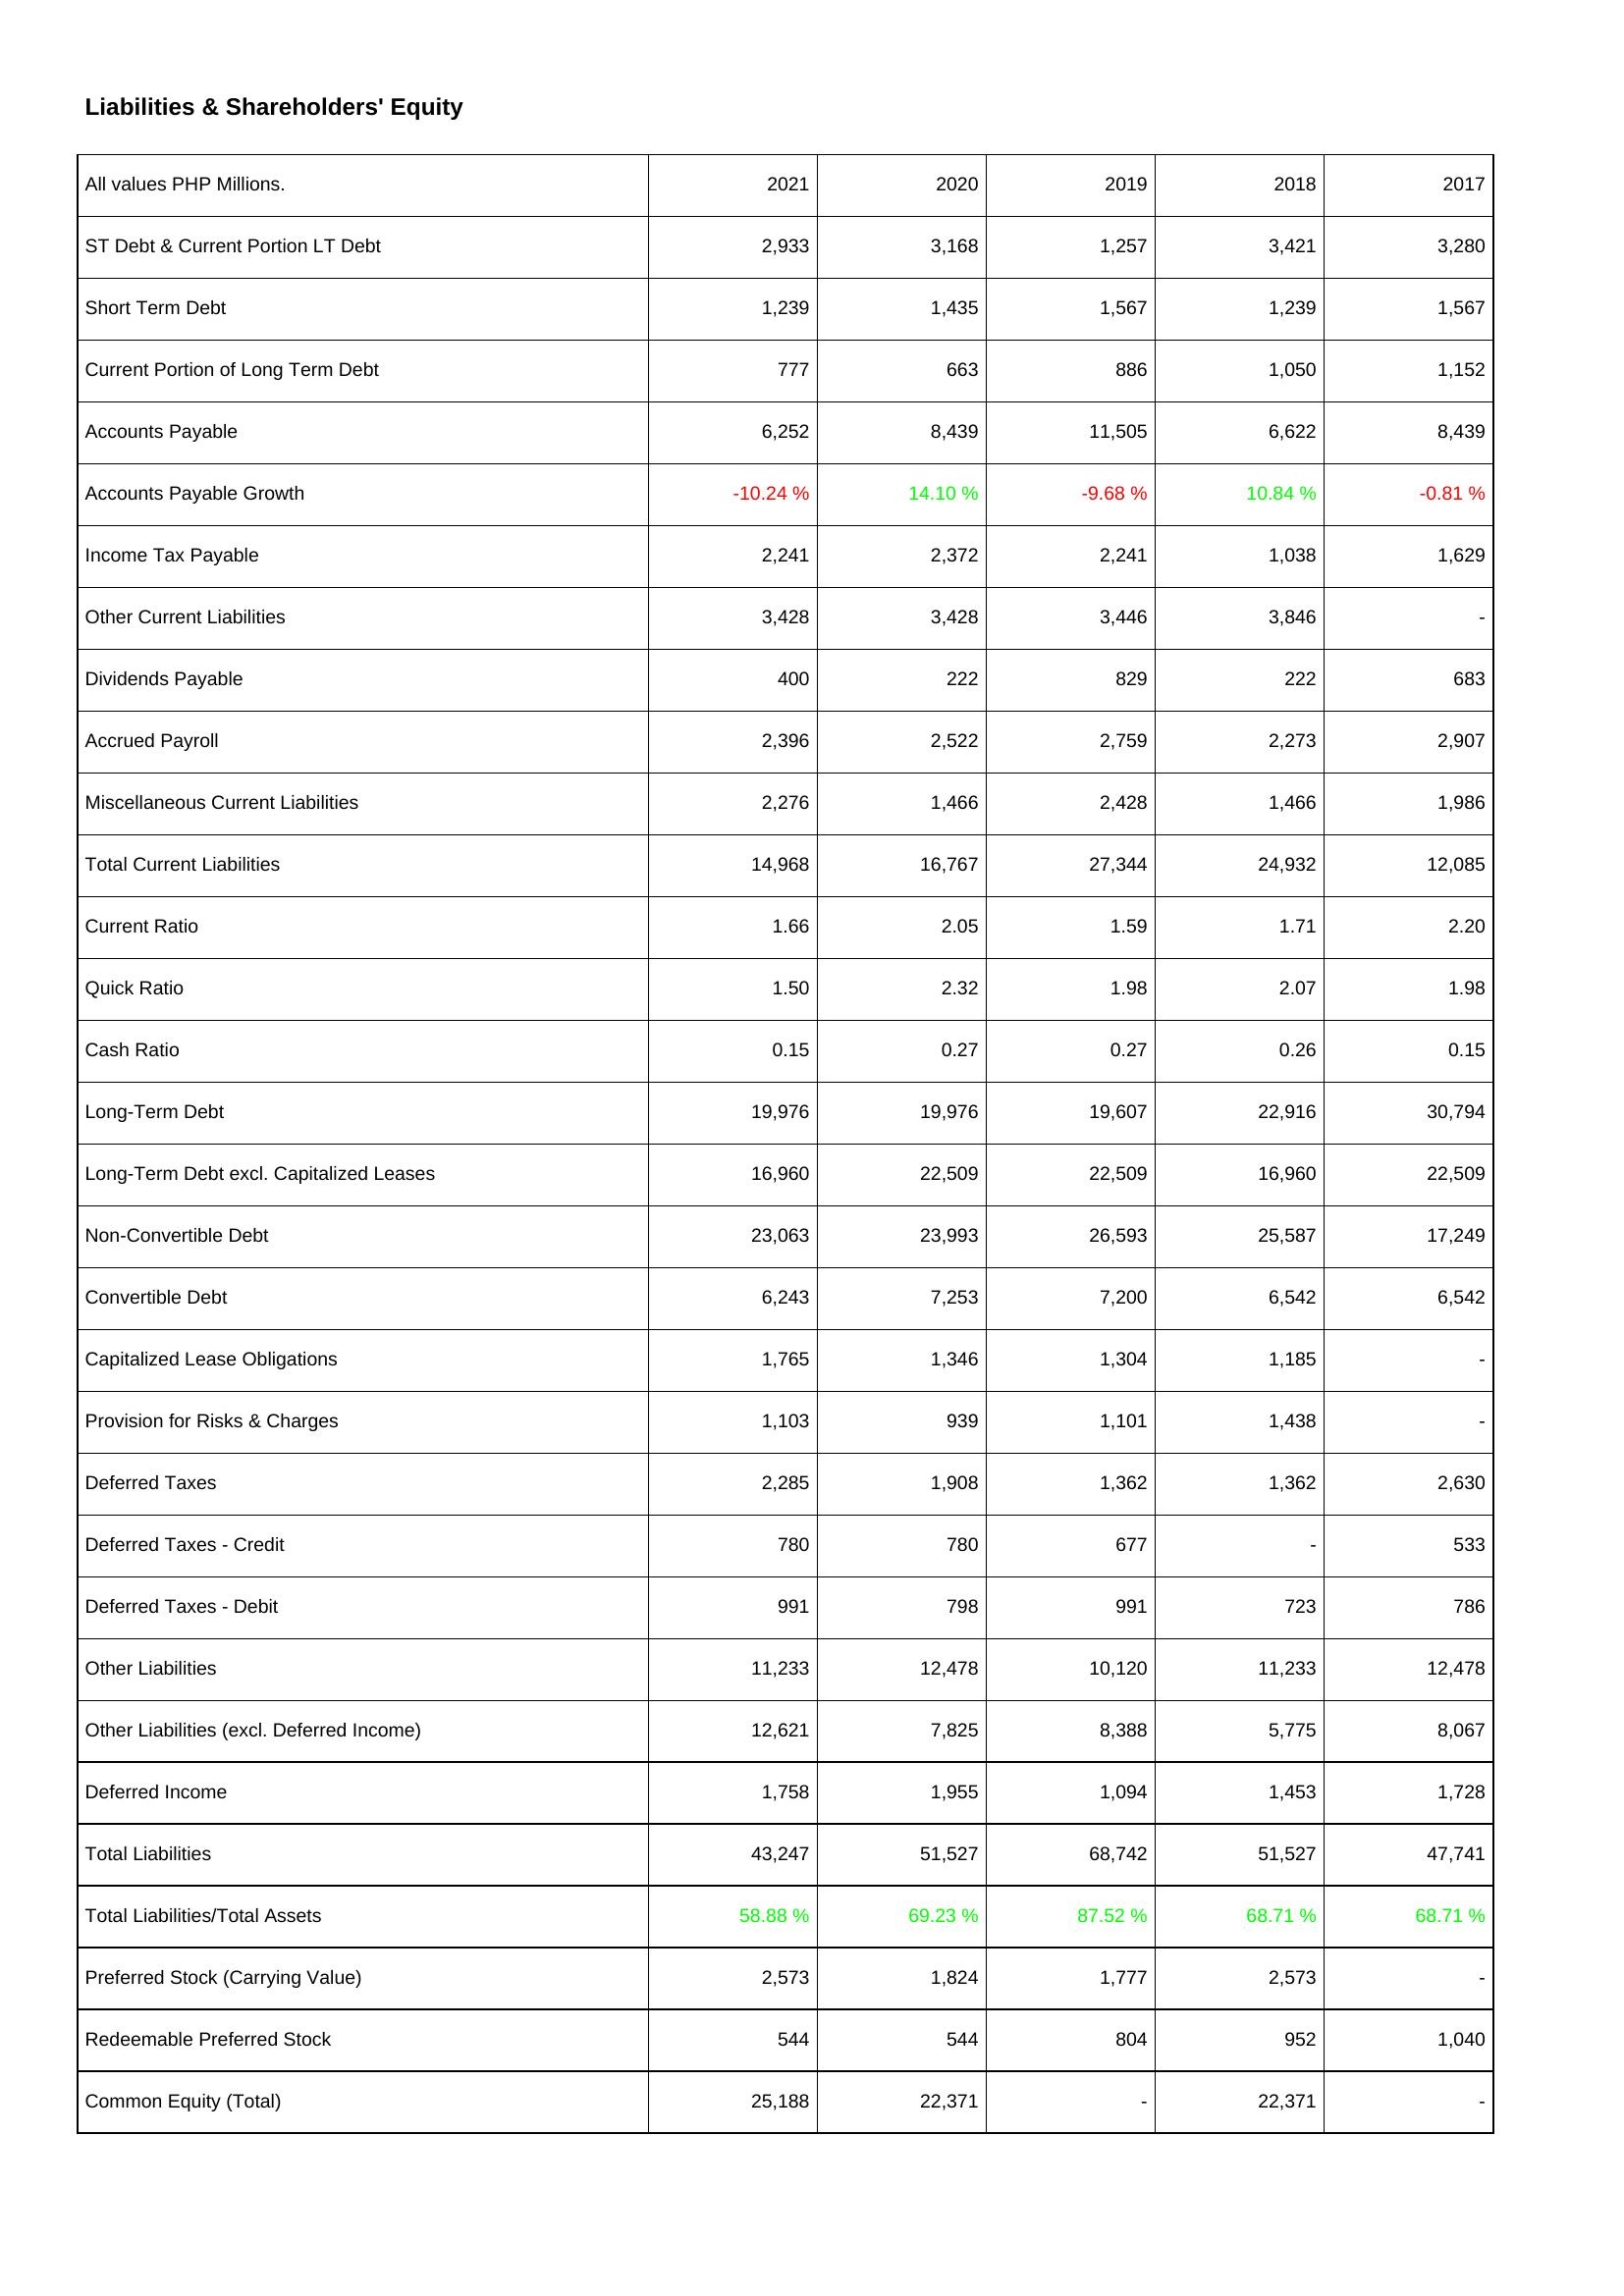
2021: Liabilities & Shareholders' Equity: ST Debt & Current Portion LT Debt: 2,933
Short Term Debt: 1,239
Current Portion of Long Term Debt: 777
Accounts Payable: 6,252
Accounts Payable Growth: -10.24 %
Income Tax Payable: 2,241
Other Current Liabilities: 3,428
Dividends Payable: 400
Accrued Payroll: 2,396
Miscellaneous Current Liabilities: 2,276
Total Current Liabilities: 14,968
Current Ratio: 1.66
Quick Ratio: 1.50
Cash Ratio: 0.15
Long-Term Debt: 19,976
Long-Term Debt excl. Capitalized Leases: 16,960
Non-Convertible Debt: 23,063
Convertible Debt: 6,243
Capitalized Lease Obligations: 1,765
Provision for Risks & Charges: 1,103
Deferred Taxes: 2,285
Deferred Taxes - Credit: 780
Deferred Taxes - Debit: 991
Other Liabilities: 11,233
Other Liabilities (excl. Deferred Income): 12,621
Deferred Income: 1,758
Total Liabilities: 43,247
Total Liabilities/Total Assets: 58.88 %
Preferred Stock (Carrying Value): 2,573
Redeemable Preferred Stock: 544
Common Equity (Total): 25,188
2020: Liabilities & Shareholders' Equity: ST Debt & Current Portion LT Debt: 3,168
Short Term Debt: 1,435
Current Portion of Long Term Debt: 663
Accounts Payable: 8,439
Accounts Payable Growth: 14.10 %
Income Tax Payable: 2,372
Other Current Liabilities: 3,428
Dividends Payable: 222
Accrued Payroll: 2,522
Miscellaneous Current Liabilities: 1,466
Total Current Liabilities: 16,767
Current Ratio: 2.05
Quick Ratio: 2.32
Cash Ratio: 0.27
Long-Term Debt: 19,976
Long-Term Debt excl. Capitalized Leases: 22,509
Non-Convertible Debt: 23,993
Convertible Debt: 7,253
Capitalized Lease Obligations: 1,346
Provision for Risks & Charges: 939
Deferred Taxes: 1,908
Deferred Taxes - Credit: 780
Deferred Taxes - Debit: 798
Other Liabilities: 12,478
Other Liabilities (excl. Deferred Income): 7,825
Deferred Income: 1,955
Total Liabilities: 51,527
Total Liabilities/Total Assets: 69.23 %
Preferred Stock (Carrying Value): 1,824
Redeemable Preferred Stock: 544
Common Equity (Total): 22,371
2019: Liabilities & Shareholders' Equity: ST Debt & Current Portion LT Debt: 1,257
Short Term Debt: 1,567
Current Portion of Long Term Debt: 886
Accounts Payable: 11,505
Accounts Payable Growth: -9.68 %
Income Tax Payable: 2,241
Other Current Liabilities: 3,446
Dividends Payable: 829
Accrued Payroll: 2,759
Miscellaneous Current Liabilities: 2,428
Total Current Liabilities: 27,344
Current Ratio: 1.59
Quick Ratio: 1.98
Cash Ratio: 0.27
Long-Term Debt: 19,607
Long-Term Debt excl. Capitalized Leases: 22,509
Non-Convertible Debt: 26,593
Convertible Debt: 7,200
Capitalized Lease Obligations: 1,304
Provision for Risks & Charges: 1,101
Deferred Taxes: 1,362
Deferred Taxes - Credit: 677
Deferred Taxes - Debit: 991
Other Liabilities: 10,120
Other Liabilities (excl. Deferred Income): 8,388
Deferred Income: 1,094
Total Liabilities: 68,742
Total Liabilities/Total Assets: 87.52 %
Preferred Stock (Carrying Value): 1,777
Redeemable Preferred Stock: 804
Common Equity (Total): -
2018: Liabilities & Shareholders' Equity: ST Debt & Current Portion LT Debt: 3,421
Short Term Debt: 1,239
Current Portion of Long Term Debt: 1,050
Accounts Payable: 6,622
Accounts Payable Growth: 10.84 %
Income Tax Payable: 1,038
Other Current Liabilities: 3,846
Dividends Payable: 222
Accrued Payroll: 2,273
Miscellaneous Current Liabilities: 1,466
Total Current Liabilities: 24,932
Current Ratio: 1.71
Quick Ratio: 2.07
Cash Ratio: 0.26
Long-Term Debt: 22,916
Long-Term Debt excl. Capitalized Leases: 16,960
Non-Convertible Debt: 25,587
Convertible Debt: 6,542
Capitalized Lease Obligations: 1,185
Provision for Risks & Charges: 1,438
Deferred Taxes: 1,362
Deferred Taxes - Credit: -
Deferred Taxes - Debit: 723
Other Liabilities: 11,233
Other Liabilities (excl. Deferred Income): 5,775
Deferred Income: 1,453
Total Liabilities: 51,527
Total Liabilities/Total Assets: 68.71 %
Preferred Stock (Carrying Value): 2,573
Redeemable Preferred Stock: 952
Common Equity (Total): 22,371
2017: Liabilities & Shareholders' Equity: ST Debt & Current Portion LT Debt: 3,280
Short Term Debt: 1,567
Current Portion of Long Term Debt: 1,152
Accounts Payable: 8,439
Accounts Payable Growth: -0.81 %
Income Tax Payable: 1,629
Other Current Liabilities: -
Dividends Payable: 683
Accrued Payroll: 2,907
Miscellaneous Current Liabilities: 1,986
Total Current Liabilities: 12,085
Current Ratio: 2.20
Quick Ratio: 1.98
Cash Ratio: 0.15
Long-Term Debt: 30,794
Long-Term Debt excl. Capitalized Leases: 22,509
Non-Convertible Debt: 17,249
Convertible Debt: 6,542
Capitalized Lease Obligations: -
Provision for Risks & Charges: -
Deferred Taxes: 2,630
Deferred Taxes - Credit: 533
Deferred Taxes - Debit: 786
Other Liabilities: 12,478
Other Liabilities (excl. Deferred Income): 8,067
Deferred Income: 1,728
Total Liabilities: 47,741
Total Liabilities/Total Assets: 68.71 %
Preferred Stock (Carrying Value): -
Redeemable Preferred Stock: 1,040
Common Equity (Total): -